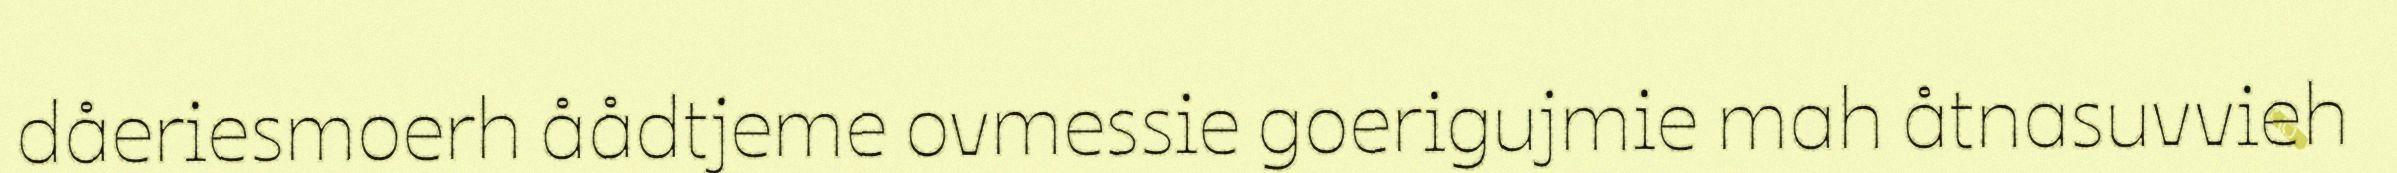
dåeriesmoerh åådtjeme ovmessie goerigujmie mah åtnasuvvieh